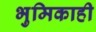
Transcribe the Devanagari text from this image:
भुमिकाही